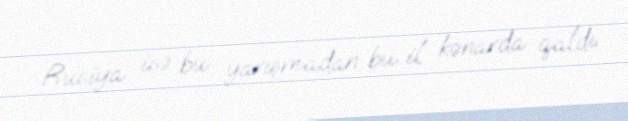
Rusiya isə bu yarışmadan bu il kənarda qaldı.